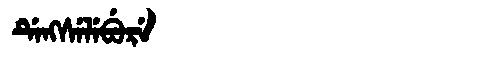
Manchu: ᡩᡝᠩᠰᡝᠯᡝᠪᡠᡵᡝ
Romanization: DENGSELEBURE